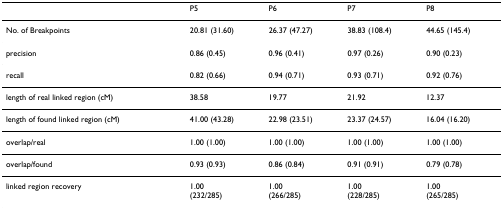
|  | P5 | P6 | P7 | P8 |
 | --- | --- | --- | --- | --- |
 | No. of Breakpoints | 20.81 (31.60) | 26.37 (47.27) | 38.83 (108.4) | 44.65 (145.4) |
 | precision | 0.86 (0.45) | 0.96 (0.41) | 0.97 (0.26) | 0.90 (0.23) |
 | recall | 0.82 (0.66) | 0.94 (0.71) | 0.93 (0.71) | 0.92 (0.76) |
 | length of real linked region (cM) | 38.58 | 19.77 | 21.92 | 12.37 |
 | length of found linked region (cM) | 41.00 (43.28) | 22.98 (23.51) | 23.37 (24.57) | 16.04 (16.20) |
 | overlap/real | 1.00 (1.00) | 1.00 (1.00) | 1.00 (1.00) | 1.00 (1.00) |
 | overlap/found | 0.93 (0.93) | 0.86 (0.84) | 0.91 (0.91) | 0.79 (0.78) |
 | linked region recovery | 1.00(232/285) | 1.00(266/285) | 1.00(228/285) | 1.00(265/285) |